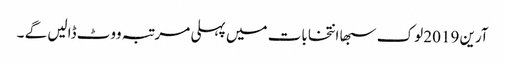
آرین 2019 لوک سبھا انتخابات میں پہلی مرتبہ ووٹ ڈالیں گے ۔